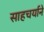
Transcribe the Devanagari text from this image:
साहचर्याने